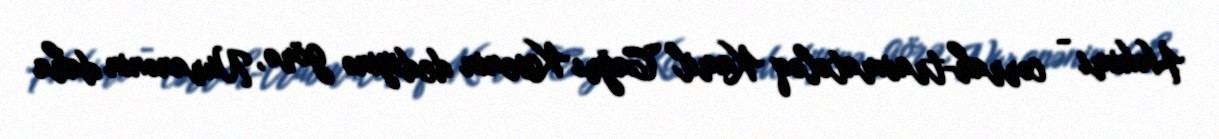
Həkimi - cərrah-travmatoloq Kamil Cağrı Kosenin dediyinə görə, Nuranənin daha